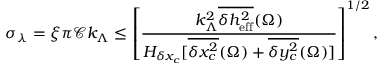
\sigma _ { \lambda } = \xi \pi \mathcal { C } k _ { \Lambda } \leq \left[ \frac { k _ { \Lambda } ^ { 2 } \overline { { \delta h _ { \mathrm { e f f } } ^ { 2 } } } ( \Omega ) } { H _ { \delta x _ { c } } [ \overline { { \delta x _ { c } ^ { 2 } } } ( \Omega ) + \overline { { \delta y _ { c } ^ { 2 } } } ( \Omega ) ] } \right] ^ { 1 / 2 } ,